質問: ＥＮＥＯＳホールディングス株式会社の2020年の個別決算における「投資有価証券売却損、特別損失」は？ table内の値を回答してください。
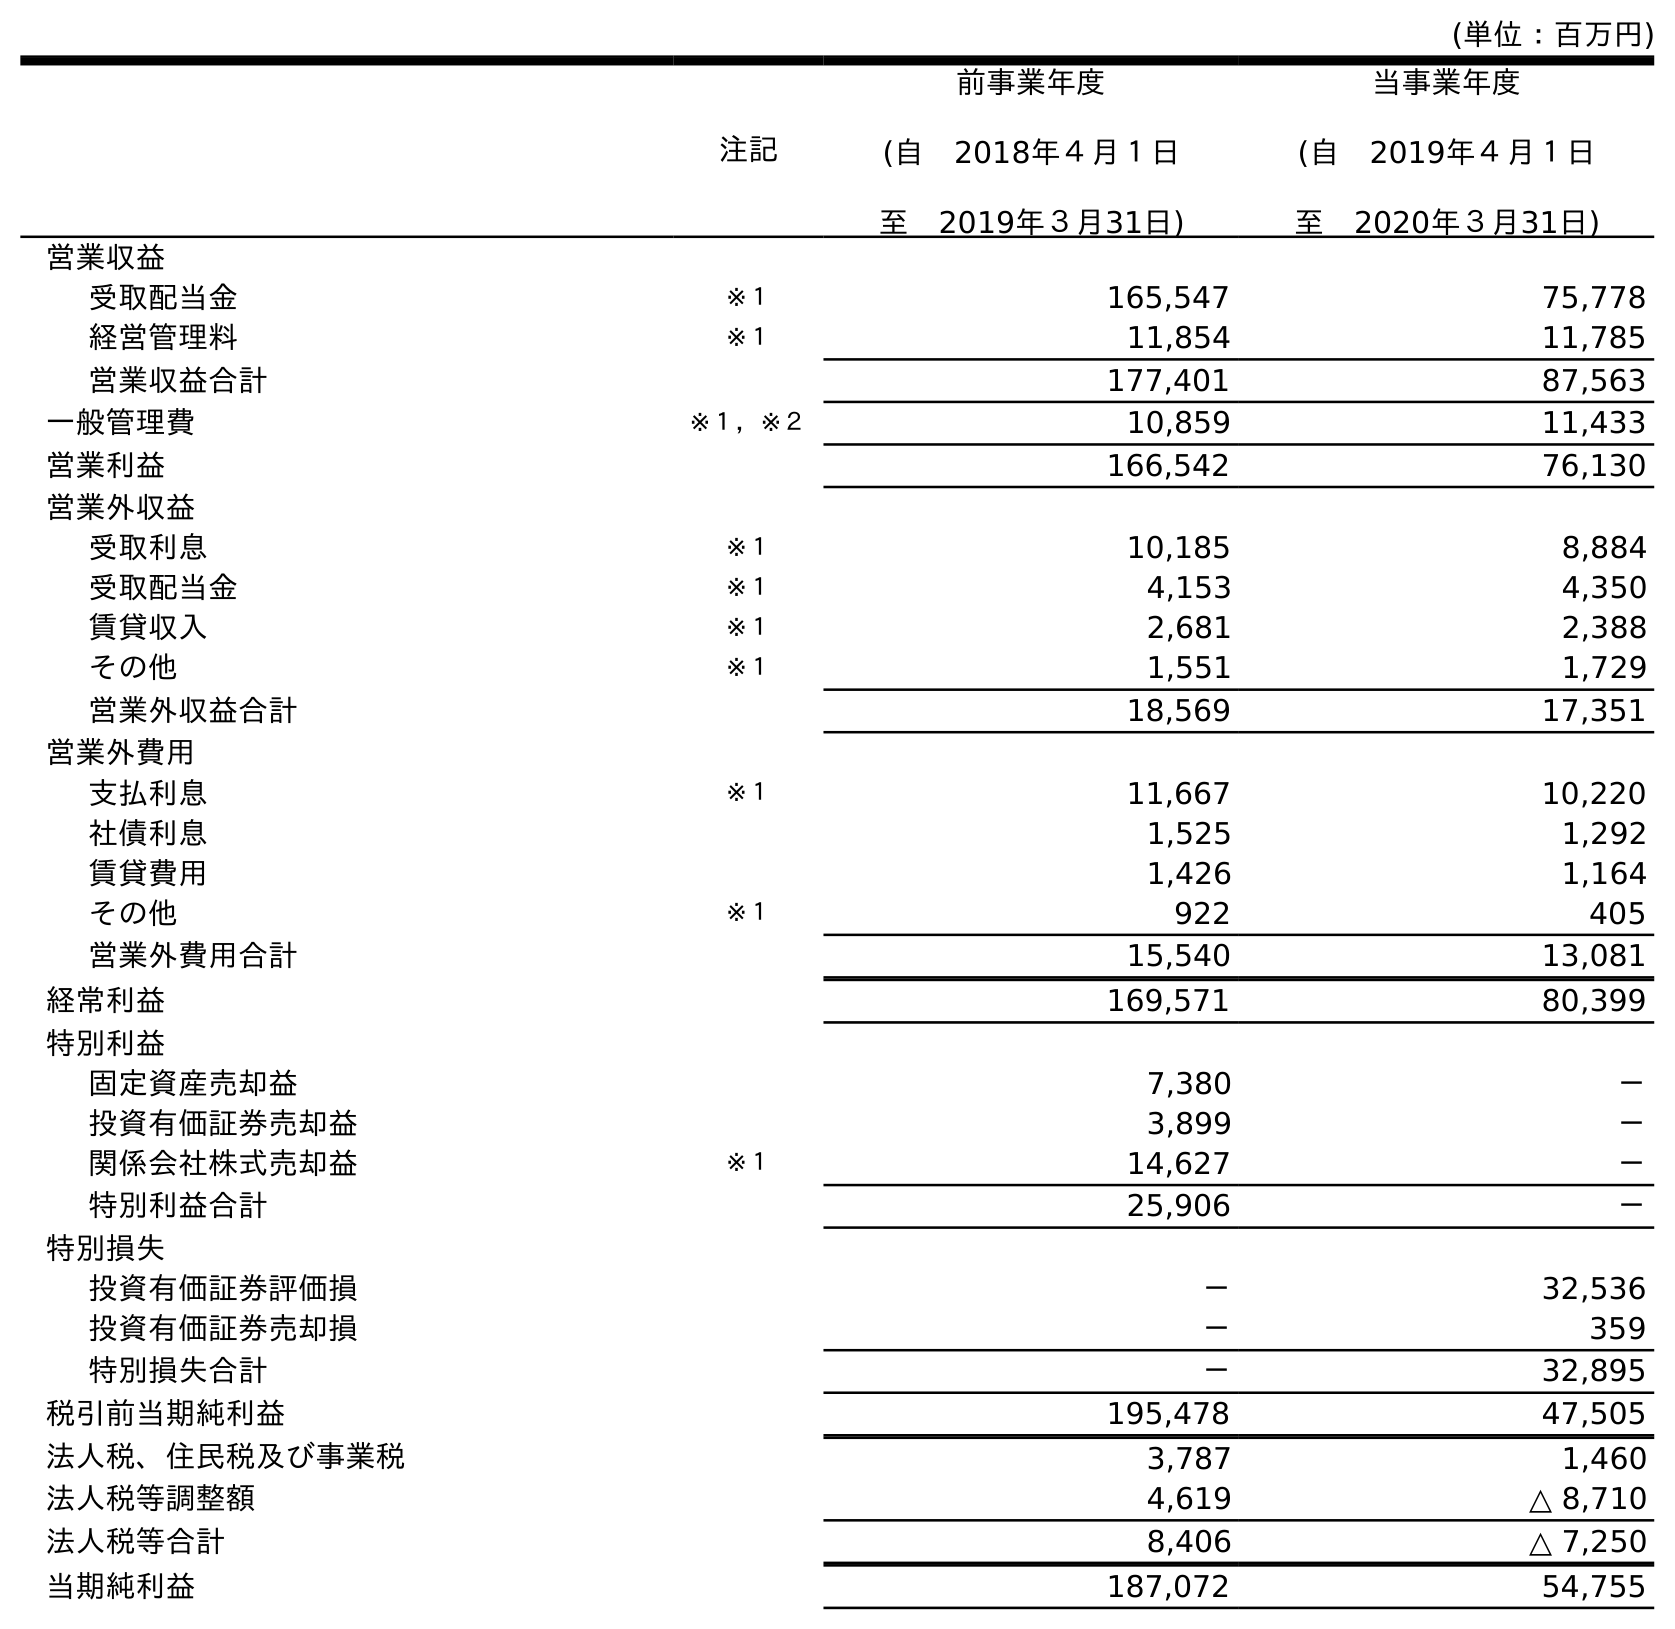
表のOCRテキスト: (単位：百万円) 注記 前事業年度 (自 2018年４月１日 至 2019年３月31日) 当事業年度 (自 2019年４月１日 至 2020年３月31日) 営業収益 受取配当金 ※１ 165,547 75,778 経営管理料 ※１ 11,854 11,785 営業収益合計 177,401 87,563 一般管理費 ※１，※２ 10,859 11,433 営業利益 166,542 76,130 営業外収益 受取利息 ※１ 10,185 8,884 受取配当金 ※１ 4,153 4,350 賃貸収入 ※１ 2,681 2,388 その他 ※１ 1,551 1,729 営業外収益合計 18,569 17,351 営業外費用 支払利息 ※１ 11,667 10,220 社債利息 1,525 1,292 賃貸費用 1,426 1,164 その他 ※１ 922 405 営業外費用合計 15,540 13,081 経常利益 169,571 80,399 特別利益 固定資産売却益 7,380 － 投資有価証券売却益 3,899 － 関係会社株式売却益 ※１ 14,627 － 特別利益合計 25,906 － 特別損失 投資有価証券評価損 － 32,536 投資有価証券売却損 － 359 特別損失合計 － 32,895 税引前当期純利益 195,478 47,505 法人税、住民税及び事業税 3,787 1,460 法人税等調整額 4,619 △ 8,710 法人税等合計 8,406 △ 7,250 当期純利益 187,072 54,755
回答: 359